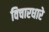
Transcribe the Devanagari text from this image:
विचारधारे